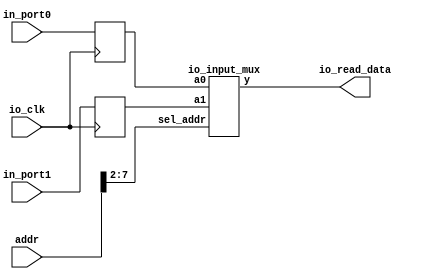
module io_input(
	addr,io_clk,io_read_data,in_port0,in_port1
);
	input [31:0] addr;
	input io_clk;
	input [31:0] in_port0,in_port1;
	output [31:0] io_read_data;
	reg [31:0] in_reg0; // input port0
	reg [31:0] in_reg1; // input port1
	io_input_mux io_imput_mux2x32(in_reg0,in_reg1,addr[7:2],io_read_data);
	always @(posedge io_clk)
		begin
			in_reg0 <= in_port0; //  io_clk 
			in_reg1 <= in_port1; //  io_clk 
			// more ports 
		end
	endmodule
module io_input_mux(a0,a1,sel_addr,y);
	input [31:0] a0,a1;
	input [ 5:0] sel_addr;
	output [31:0] y;
	reg [31:0] y;
	always @ *
		case (sel_addr)
			6'b100000: y = a0;
			6'b100001: y = a1;
			// more ports 
			default: y = 32'h0;
	endcase
endmodule